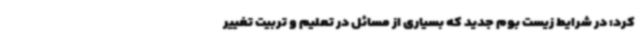
کرد: در شرایط زیست بوم جدید که بسیاری از مسائل در تعلیم و تربیت تغییر